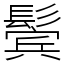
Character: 鬓